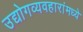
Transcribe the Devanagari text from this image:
उद्योगव्यवहारांमध्ये